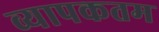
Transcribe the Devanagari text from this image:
व्यापकतम